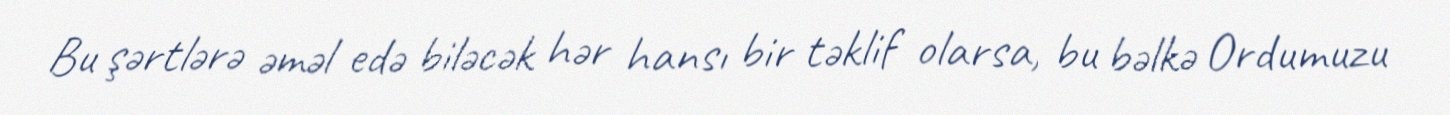
Bu şərtlərə əməl edə biləcək hər hansı bir təklif olarsa, bu bəlkə Ordumuzu